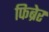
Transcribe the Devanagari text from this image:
फिब्रेर